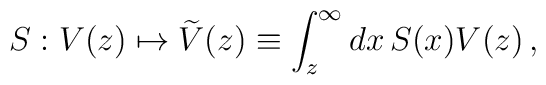
S:V(z)\mapsto\widetilde{V}(z)\equiv  \int_z^\infty dx\, S(x) V(z)\,,